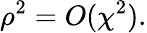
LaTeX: \rho^{2}=O(\chi^{2}).